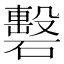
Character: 礊